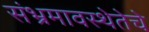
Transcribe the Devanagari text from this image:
संभ्रमावस्थेतेचे